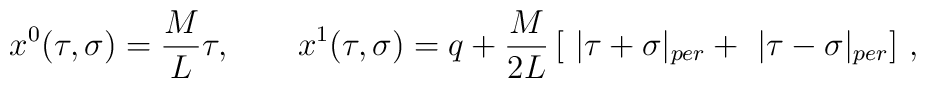
x^0(\tau ,\sigma )=\frac ML\tau ,\quad \quad x^1(\tau ,\sigma)=q+\frac M{2L}\,[\ |\tau +\sigma |_{per}+\ |\tau -\sigma |_{per}]\ ,